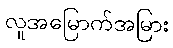
လူအမြောက်အမြား